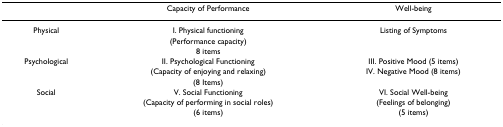
|  | Capacity of Performance | Well-being |
 | --- | --- | --- |
 | Physical | I. Physical functioning | Listing of Symptoms |
 |  | (Performance capacity) |  |
 |  | 8 items |  |
 | Psychological | II. Psychological Functioning | III. Positive Mood (5 items) |
 |  | (Capacity of enjoying and relaxing) | IV. Negative Mood (8 items) |
 |  | (8 Items) |  |
 | Social | V. Social Functioning | VI. Social Well-being |
 |  | (Capacity of performing in social roles) | (Feelings of belonging) |
 |  | (6 items) | (5 items) |